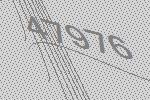
47976